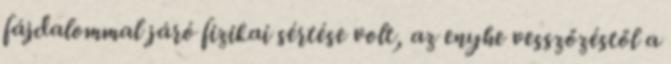
fájdalommal járó fizikai sértése volt, az enyhe vesszőzéstől a